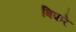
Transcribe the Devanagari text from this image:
बिफरे